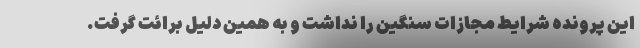
این پرونده شرایط مجازات سنگین را نداشت و به همین دلیل برائت گرفت.